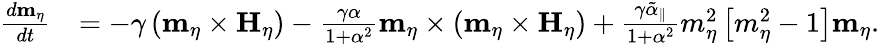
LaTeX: \begin{array}{rl}{\frac{d\mathbf{m}_{\eta}}{dt}}&{=-\gamma\left(\mathbf{m}_{\eta}\times\mathbf{H}_{\eta}\right)-\frac{\gamma\alpha}{1+\alpha^{2}}\mathbf{m}_{\eta}\times\left(\mathbf{m}_{\eta}\times\mathbf{H}_{\eta}\right)+\frac{\gamma\tilde{\alpha}_{\parallel}}{1+\alpha^{2}}m_{\eta}^{2}\left[m_{\eta}^{2}-1\right]\mathbf{m}_{\eta}.}\end{array}